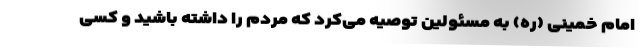
امام خمینی (ره) به مسئولین توصیه می‌کرد که مردم را داشته باشید و کسی